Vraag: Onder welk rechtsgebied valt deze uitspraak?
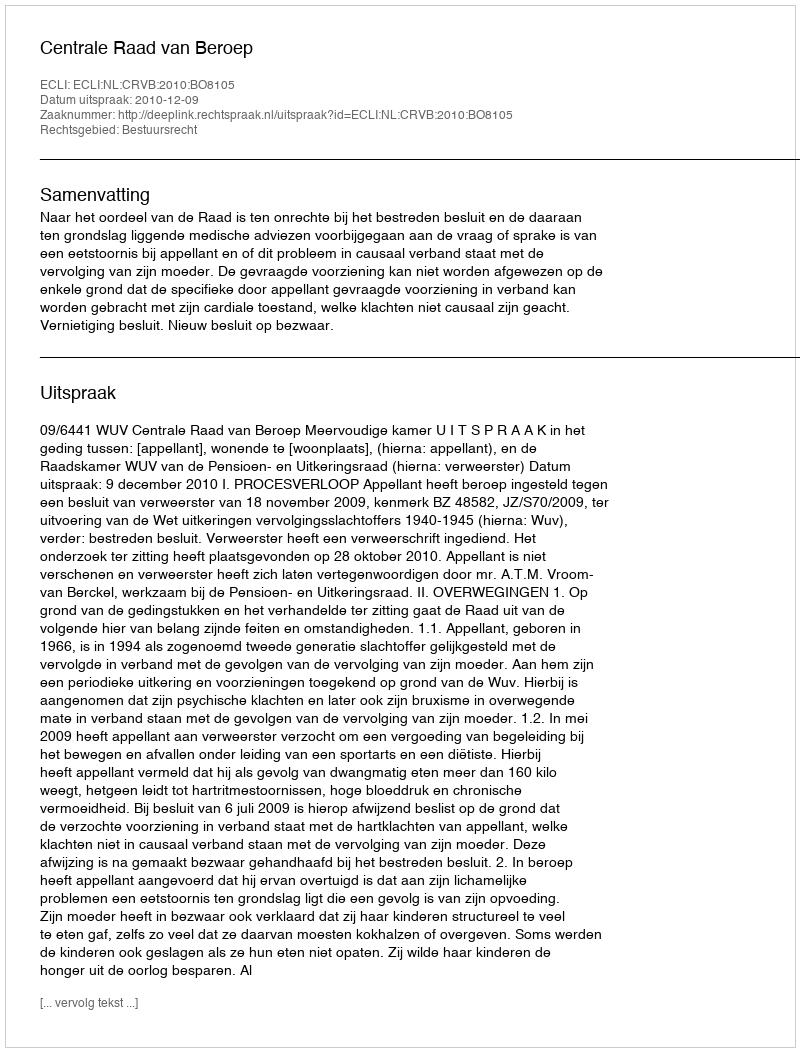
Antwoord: Bestuursrecht